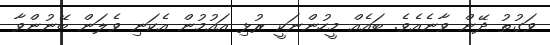
ވަގުތު ދޭން ވާނެއެވެ. ބައެއް މީހުންނަކީ ރުޅި އައުމުން އެކަނި ވެލަން ބޭނުންވާ